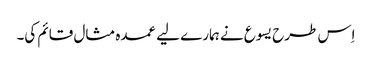
‏ اِس طرح یسوع نے ہمارے لیے عمدہ مثال قائم کی۔